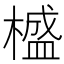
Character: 𣛮